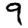
Digit: 9